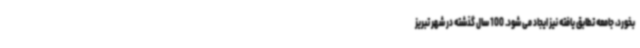
بخورد، جامعه تطابق یافته نیز ایجاد می شود. 100 سال گذشته در شهر تبریز